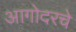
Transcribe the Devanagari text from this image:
आगोदरचे